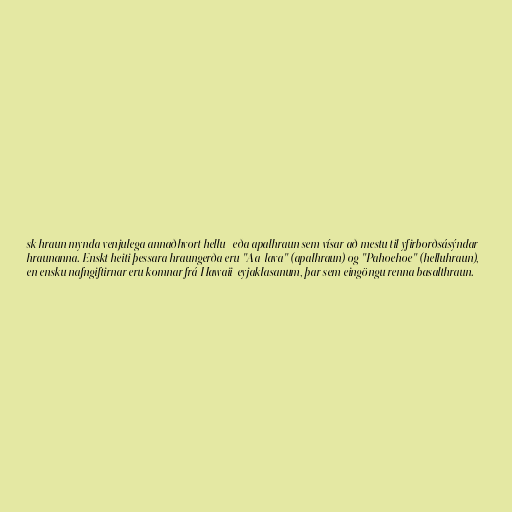
sk hraun mynda venjulega annaðhvort hellu- eða apalhraun sem vísar að mestu til yfirborðsásýndar
hraunanna. Enskt heiti þessara hraungerða eru "Aa-lava" (apalhraun) og "Pahoehoe" (helluhraun),
en ensku nafngiftirnar eru komnar frá Hawaii-eyjaklasanum, þar sem eingöngu renna basalthraun.